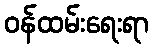
ဝန်ထမ်းရေးရာ